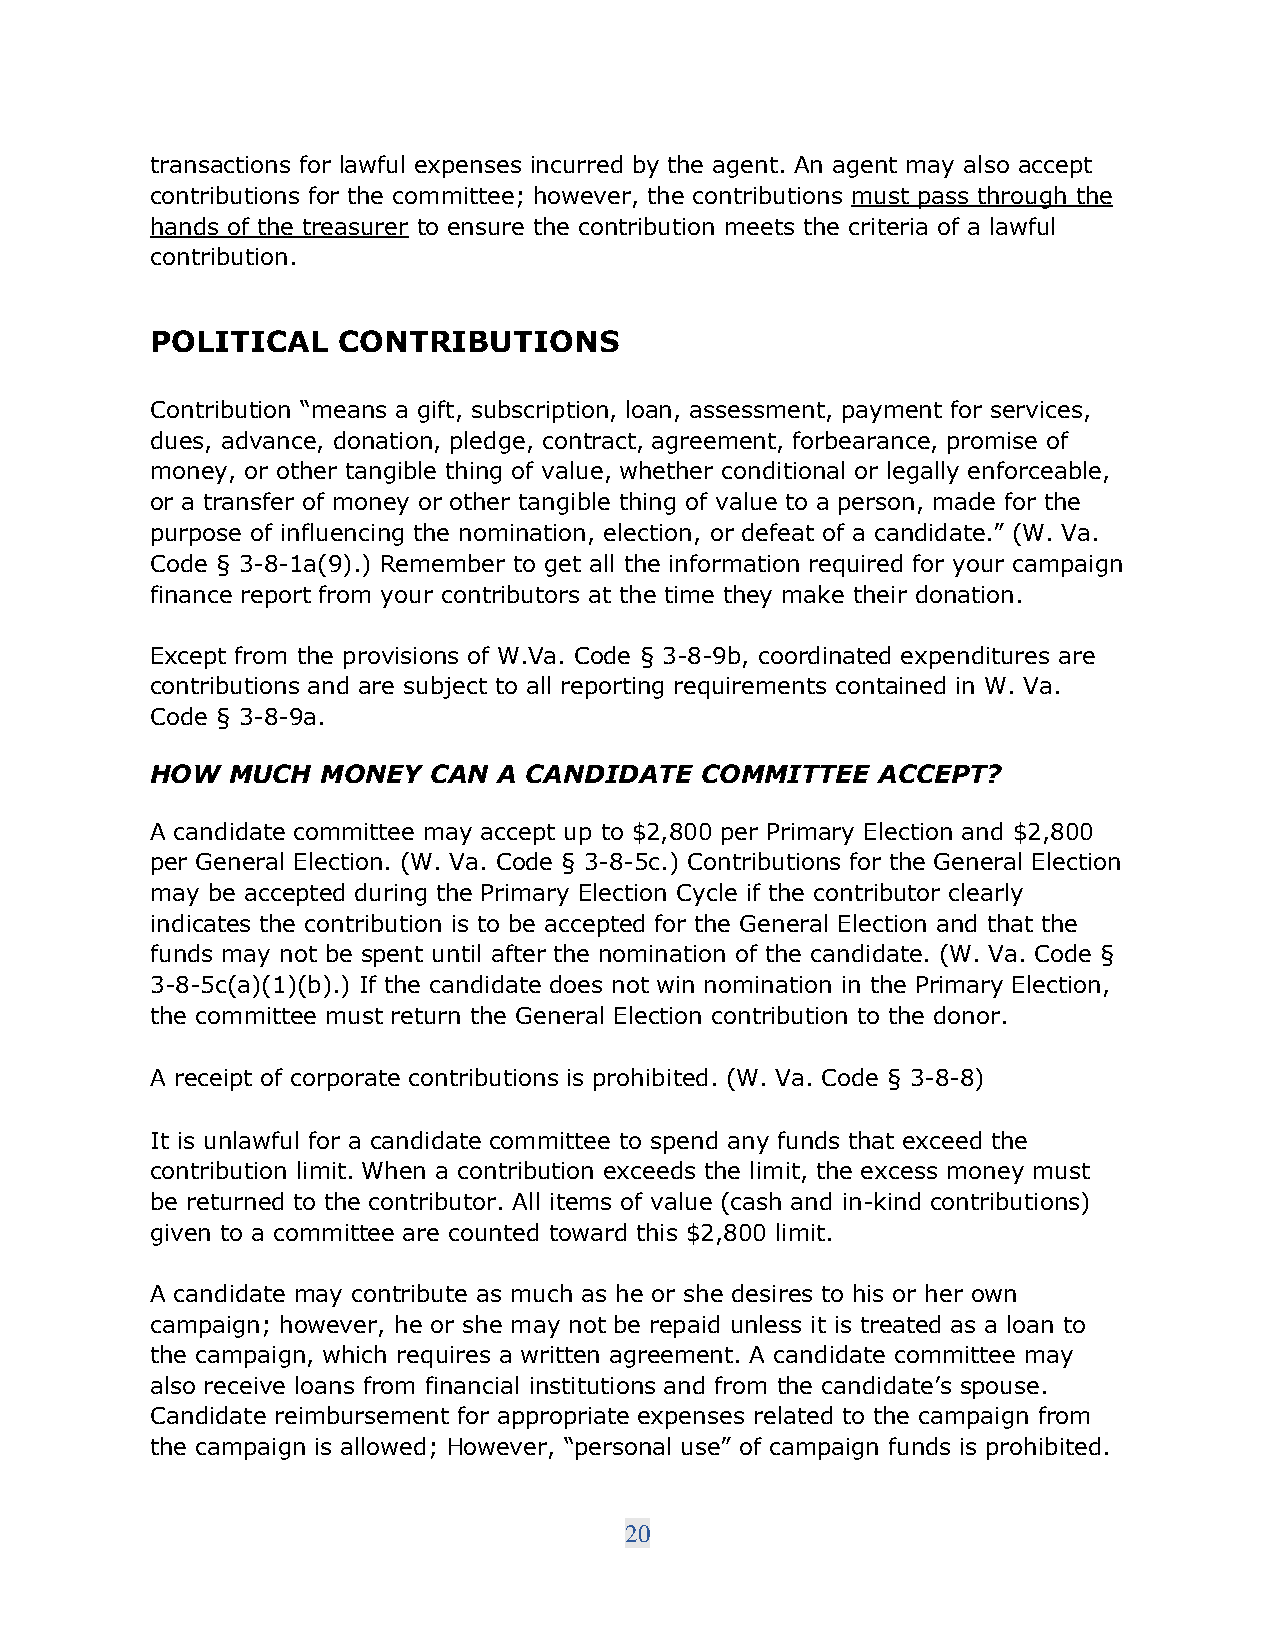
transactions for lawful expenses incurred by the agent. An agent may also accept
 contributions for the committee; however, the contributions must pass through the
 hands of the treasurer to ensure the contribution meets the criteria of a lawful
 contribution.
 POLITICAL   CONTRIBUTIONS
 Contribution “means a gift, subscription, loan, assessment, payment for services,
 dues, advance, donation, pledge, contract, agreement, forbearance, promise of
 money, or other tangible thing of value, whether conditional or legally enforceable,
 or a transfer of money or other tangible thing of value to a person, made for the
 purpose of influencing the nomination, election, or defeat of a candidate.” (W. Va.
 Code § 3-8-1a(9).) Remember to get all the information required for your campaign
 finance report from your contributors at the time they make their donation.
 Except from the provisions of W.Va. Code § 3-8-9b, coordinated expenditures are
 contributions and are subject to all reporting requirements contained in W. Va.
 Code § 3-8-9a.
 HOW  MUCH  MONEY   CAN A CANDIDATE  COMMITTEE   ACCEPT?
 A candidate committee may accept up to $2,800 per Primary Election and $2,800
 per General Election. (W. Va. Code § 3-8-5c.) Contributions for the General Election
 may be accepted during the Primary Election Cycle if the contributor clearly
 indicates the contribution is to be accepted for the General Election and that the
 funds may not be spent until after the nomination of the candidate. (W. Va. Code §
 3-8-5c(a)(1)(b).) If the candidate does not win nomination in the Primary Election,
 the committee must return the General Election contribution to the donor.
 A receipt of corporate contributions is prohibited. (W. Va. Code § 3-8-8)
 It is unlawful for a candidate committee to spend any funds that exceed the
 contribution limit. When a contribution exceeds the limit, the excess money must
 be returned to the contributor. All items of value (cash and in-kind contributions)
 given to a committee are counted toward this $2,800 limit.
 A candidate may contribute as much as he or she desires to his or her own
 campaign; however, he or she may not be repaid unless it is treated as a loan to
 the campaign, which requires a written agreement. A candidate committee may
 also receive loans from financial institutions and from the candidate’s spouse.
 Candidate reimbursement for appropriate expenses related to the campaign from
 the campaign is allowed; However, “personal use” of campaign funds is prohibited.
 20